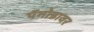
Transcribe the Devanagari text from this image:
पॅगोडावर